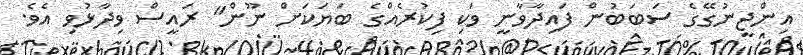
އިންޖީނުގޭގެ ސަބަބުން ފައިދާވާނީ ވަކި ފިކުރެއްގެ ބަޔަކަށް ނޫން" ރައީސް ވިދާޅުވި އެވެ.